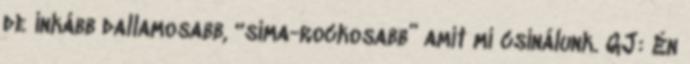
de inkább dallamosabb, “sima-rockosabb” amit mi csinálunk. GJ: Én